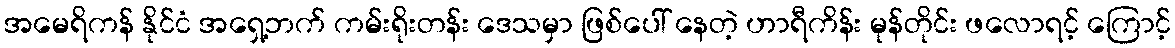
အမေရိကန် နိုင်ငံ အရှေ့ဘက် ကမ်းရိုးတန်း ဒေသမှာ ဖြစ်ပေါ် နေတဲ့ ဟာရီကိန်း မုန်တိုင်း ဖလောရင့် ကြောင့်